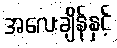
အလေးချိန်နှင့်